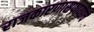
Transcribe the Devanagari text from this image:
राजकारणासफायद्याचे